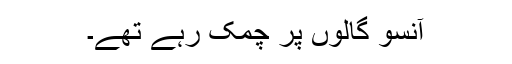
آنسو گالوں پر چمک رہے تھے۔